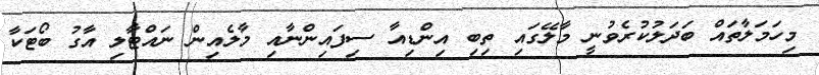
މިހަމަލާތައް ބަދަލުކުރެވުނީ މާލޭގައި ތިބި އިންޑިއާ ސިފައިންނާއި މާލެއިން ނައްޓާލި އާގު ބޯޓަކާ